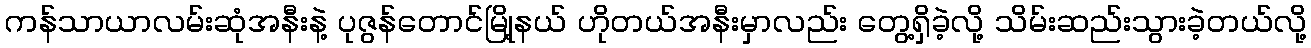
ကန်သာယာလမ်းဆုံအနီးနဲ့ ပုဇွန်တောင်မြို့နယ် ဟိုတယ်အနီးမှာလည်း တွေ့ရှိခဲ့လို့ သိမ်းဆည်းသွားခဲ့တယ်လို့